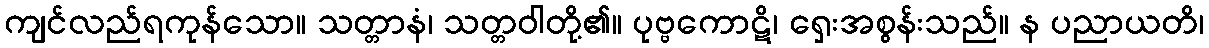
ကျင်လည်ရကုန်သော။ သတ္တာနံ၊ သတ္တဝါတို့၏။ ပုဗ္ဗကောဋိ၊ ရှေးအစွန်းသည်။ န ပညာယတိ၊